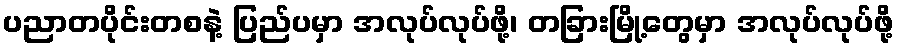
ပညာတပိုင်းတစနဲ့ ပြည်ပမှာ အလုပ်လုပ်ဖို့၊ တခြားမြို့တွေမှာ အလုပ်လုပ်ဖို့